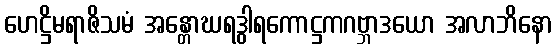
ဟေဋ္ဌိမရာဇိသမံ အန္တောဃရဒွါရကောဋ္ဌကဂဗ္ဘာဒယော အလာဘိနော